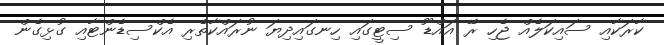
ކާރަކާއި ސައިކަލެއް ޖެހި ރޭ އައްޑޫ ސިޓީގައި ހިނގައިދިޔަ ނުރައްކާތެރި އެކްސިޑެންޓާއި ގުޅިގެން